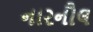
નારનૌલ